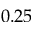
0 . 2 5